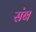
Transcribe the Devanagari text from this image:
संब